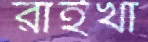
রাইখা